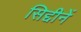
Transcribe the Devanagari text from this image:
सिद्दीनें